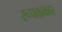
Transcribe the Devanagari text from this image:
रूपककार